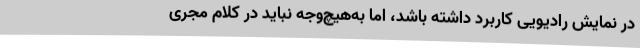
در نمایش رادیویی کاربرد داشته باشد، اما به‌هیچ‌وجه نباید در کلام مجری